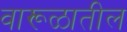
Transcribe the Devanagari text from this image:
वारूळातील